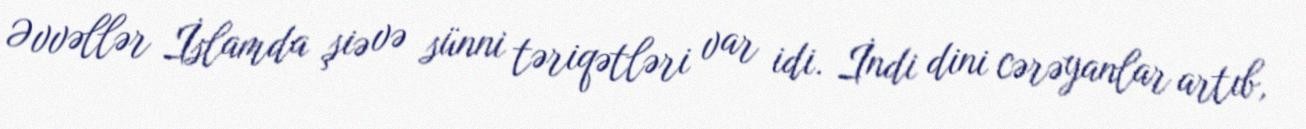
Əvvəllər İslamda şiə və sünni təriqətləri var idi. İndi dini cərəyanlar artıb,